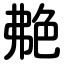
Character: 艴